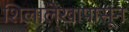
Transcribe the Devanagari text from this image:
शिलालेखापासून